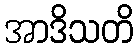
အာဒိသတိ